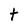
Character: t